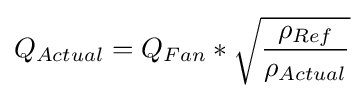
Q_{Actual}=Q_{Fan}*{\sqrt {\rho _{Ref} \over \rho _{Actual}}}\,\!